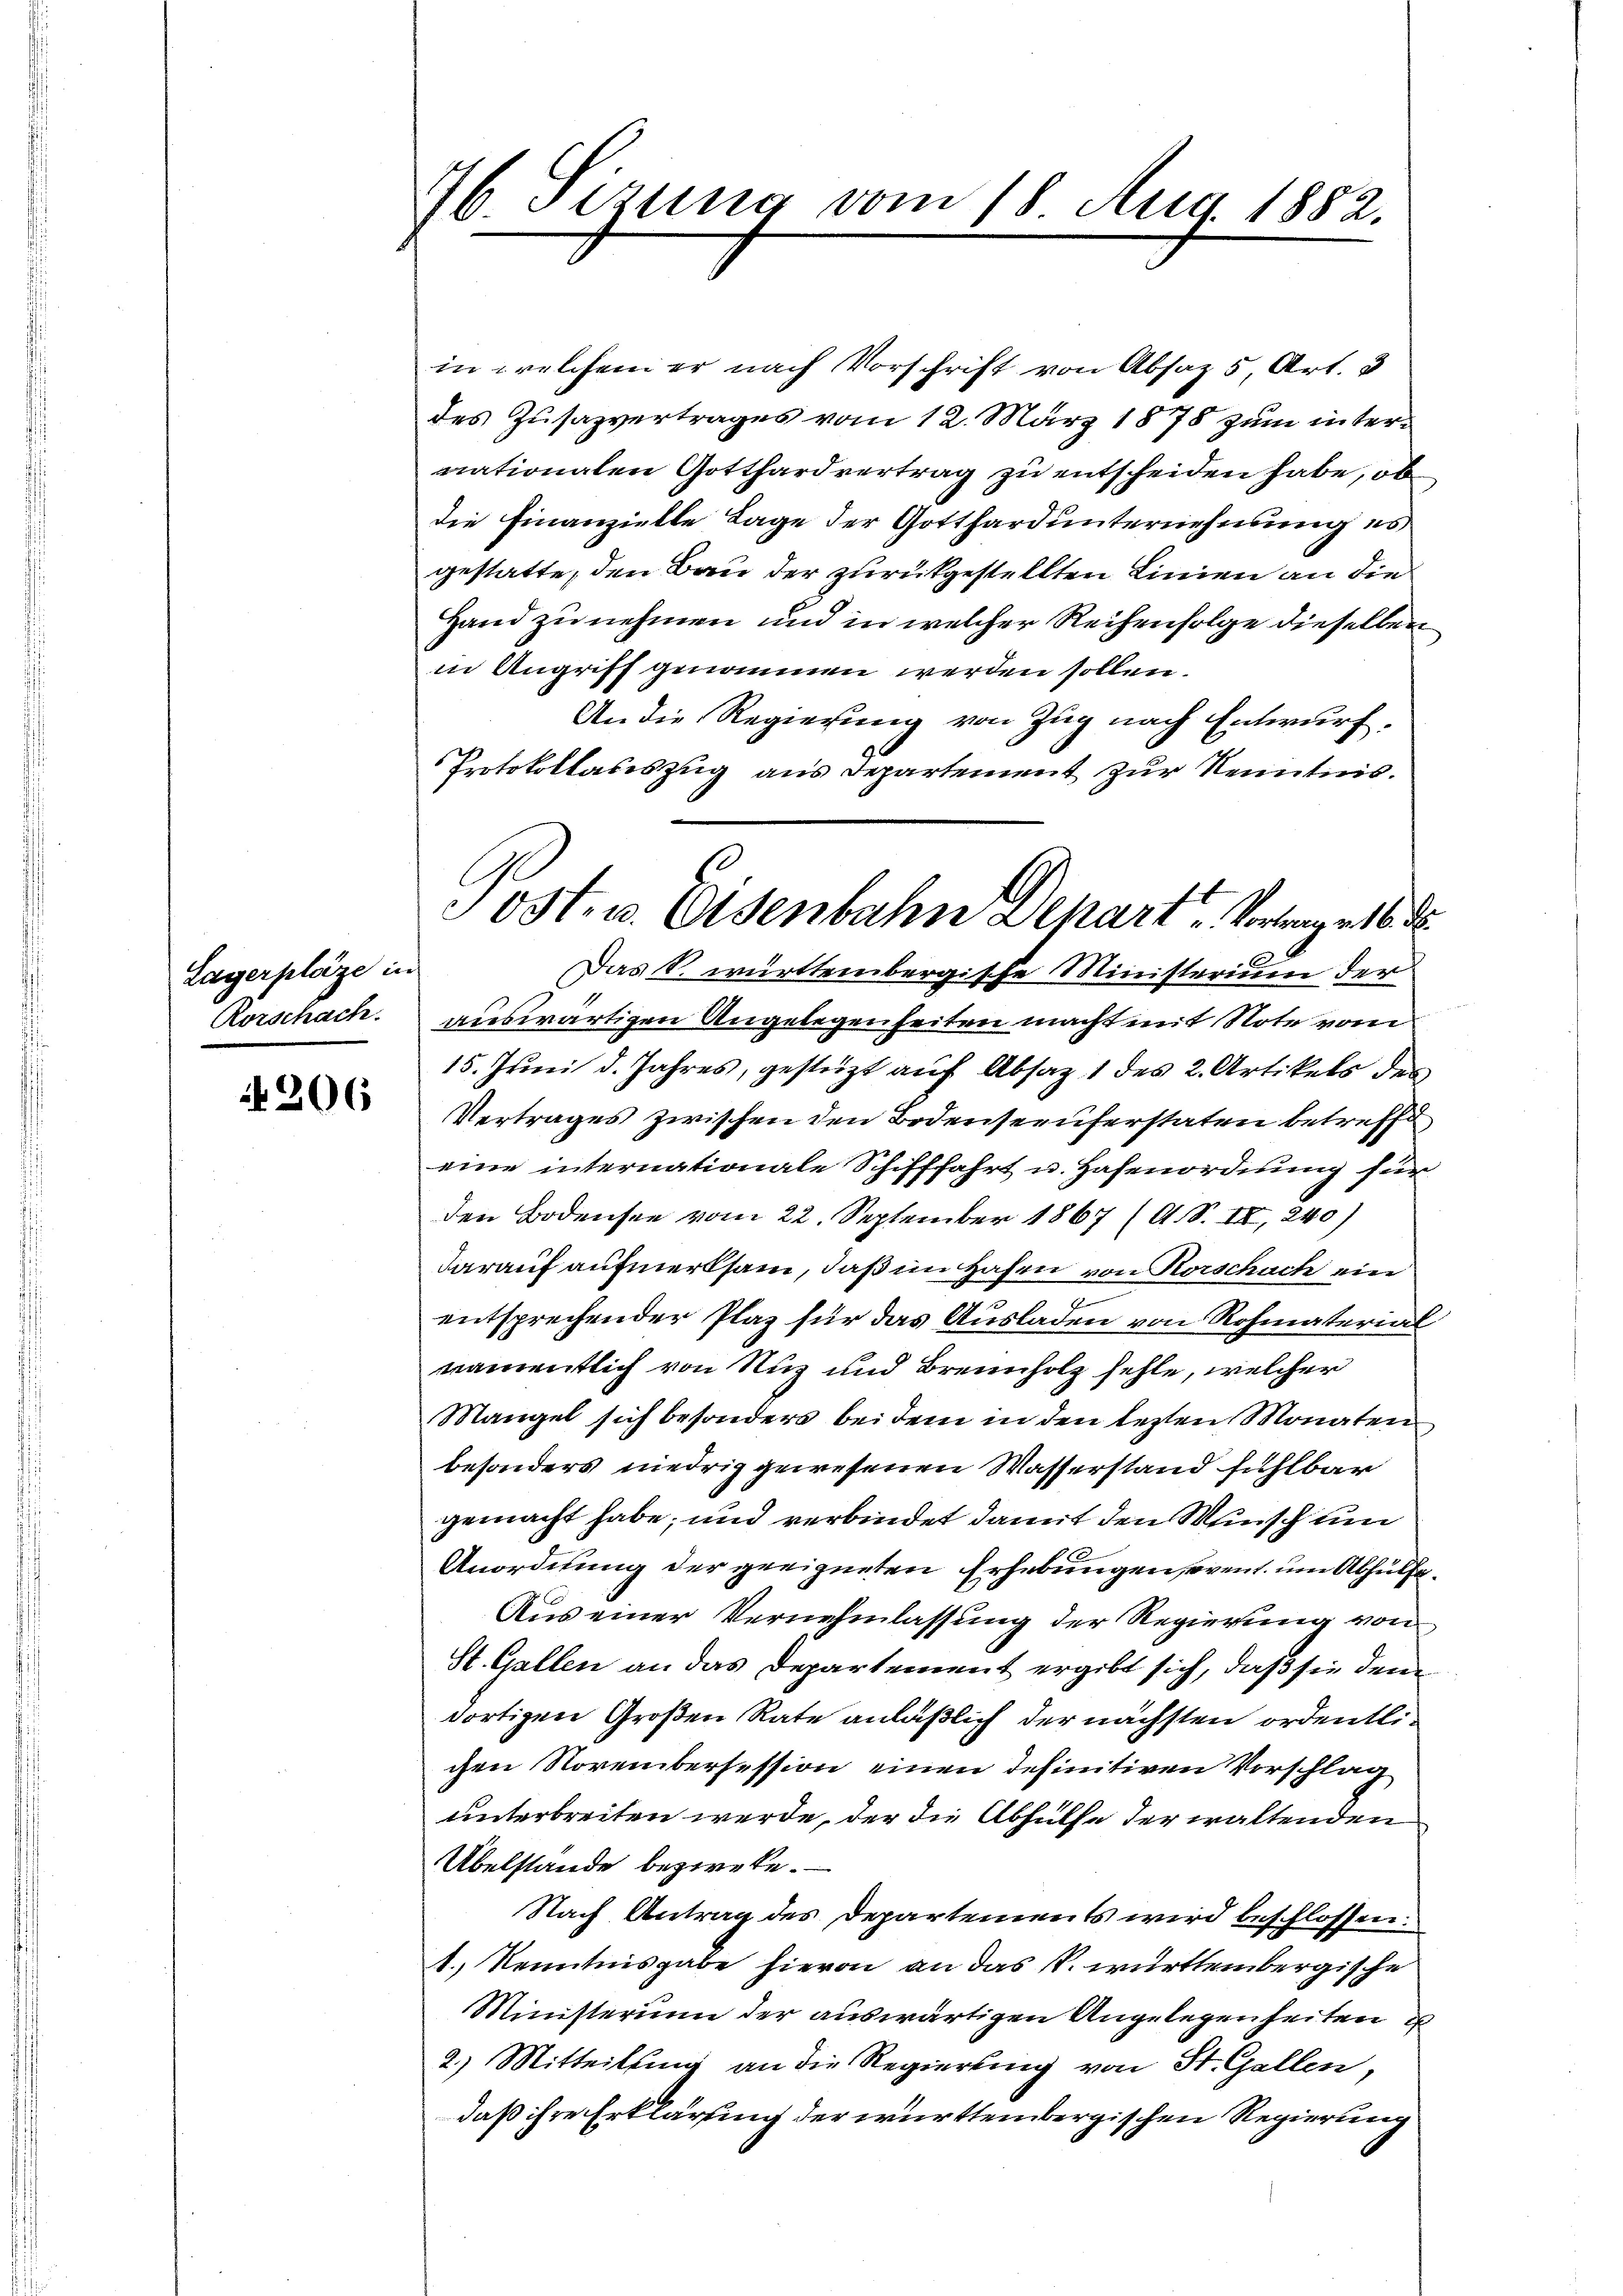
Lagerplaze in
Rorschach.

206

76 Sizung vom 18. Aug. 1882.

in welchem er nach Vorschrift von Absaz 5 Art. 3
des Zusazvertrages vom 12. März 1878 zum intermationalen Gotthardvertrag zu entscheiden habe, ob
die Finanzielle Lage der Gotthard unternehmung es
gestatte, den Bau der zurückgestellten Linien an die
Hand zu nehmen und in welcher Reihenfolge dieselben
in Angriff genommen werden sollen.
An die Regierung von Zug nach Entwurf.
Protokollasiszug aus Departement zur Kenntnis.
Das S. württembergische Ministerium der
auswärtigen Angelegenheiten macht mit Note vom
15. Juni d. Jahres, gestützt auf Absatz 1 des 2. Artikels des
Vertrages zwischen den Bedenseeuferstaten betreffe
eine internationale Schifffahrt u. Hafenordnung für
den Bodensee vom 22. September 1867 (A. S. II, 240)
darauf aufmerksam, daß im Hafen von Horschach ein
entsprechender Plaz für das Ausladen von Rohmaterial
namentlich von Nuz und Brennholz fehle, welcher
Mangel sich besonders bei dem in den lezten Monaten
besonders niedrig gewesenen Wasserstand fühlbar
gemacht habe; und verbindet damit den Wunsch um
Anordnung der geeigneten Erhebungen event. um Abhülfe¬
Aus einer Vernehmlassung der Regierung von
St. Gallen an das Departement ergibt sich, daß sie dem
dortigen Großen Rate anläßlich der nächsten ordentlichen Novembersession einen definitiven Vorschlag
unterbreiten werde, der die Abhülfe der waltenden
Übelstande beziehe.
Nach Antrag des Departements wird beschlossen:
1. Kenntnisgabe hievon an das k. württembergische
Ministerium der auswärtigen Angelegenheiten E
2.) Mitteilung an die Regierung von St. Gallen,
daß ihre Erklärung der württembergischen Regierung

Ostr. v. Osenbahn Depart - Vorrage 16 d